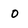
Character: 0